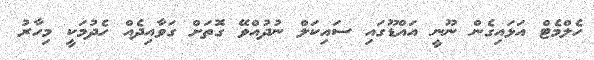
ހެލްމެޓް އަޅައިގެން ނޫނީ އައްޑޫގައި ސައިކަލް ނުދުއްވޭ ގޮތަށް ގަވާއިދެއް ހެދުމަކީ މިހާރު